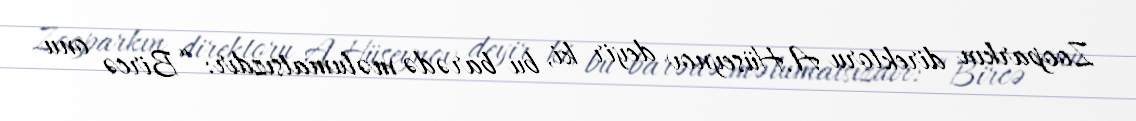
Zooparkın direktoru A.Hüseynov deyir ki, bu barədə məlumatsızdır: “Bircə onu